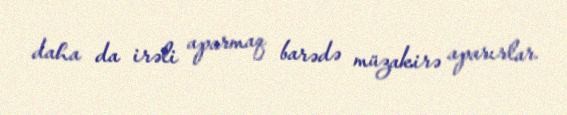
daha da irəli aparmaq barədə müzakirə aparırlar.